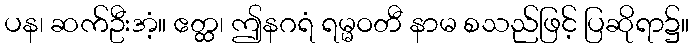
ပန၊ ဆက်ဦးအံ့။ ဧတ္ထ၊ ဤနဂရံ ရမ္မဝတီ နာမ စသည်ဖြင့် ပြဆိုရာ၌။